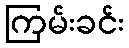
ကြမ်းခင်း